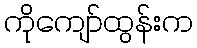
ကိုကျော်ထွန်းက